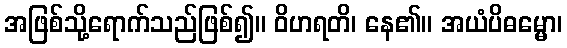
အဖြစ်သို့ရောက်သည်ဖြစ်၍။ ဝိဟရတိ၊ နေ၏။ အယံပိဓမ္မော၊